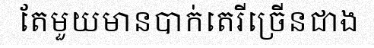
តែមួយមានបាក់តេរីច្រើនជាង